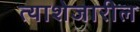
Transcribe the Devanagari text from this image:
त्याशेजारील